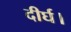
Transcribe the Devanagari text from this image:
दीर्घ।